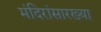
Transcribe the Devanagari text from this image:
मंदिरांसारख्या